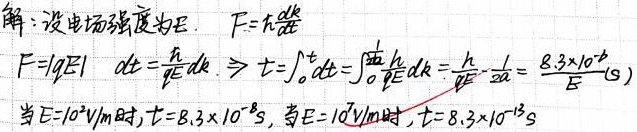
解：设电场强度为\(E\)。
由\(F = \hbar\frac{dk}{dt}\)且\(F =|qE|\)，可得\(dt = \frac{\hbar}{qE}dk\)，则\(t=\int_{0}^{t}dt=\int_{0}^{\frac{\pi}{a}}\frac{\hbar}{qE}dk = \frac{\hbar}{qE}\cdot\frac{\pi}{a}= \frac{8.3\times 10^{-6}}{E}(s)\) 。
当\(E = 10^{2}V/m\)时，\(t = 8.3\times 10^{-8}s\)；当\(E = 10^{7}V/m\)时，\(t = 8.3\times 10^{-13}s\)。